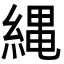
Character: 縄